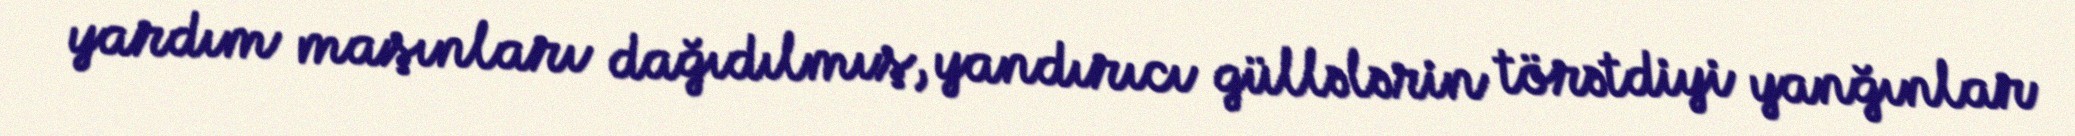
yardım maşınları dağıdılmış, yandırıcı güllələrin törətdiyi yanğınlar